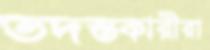
তদন্তকারীরা